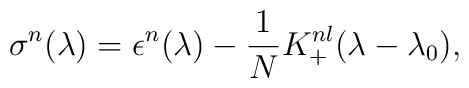
\sigma^{n}(\lambda) = \epsilon^{n}(\lambda)-{1 \over N}K_{+}^{nl}(\lambda - \lambda_{0})\\,